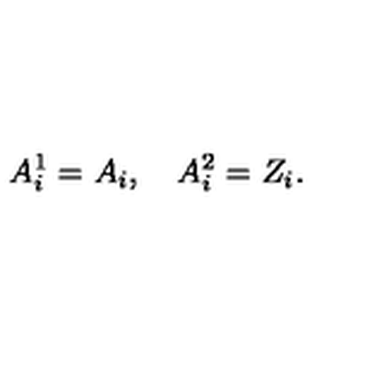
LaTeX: A _ { i } ^ { 1 } = A _ { i } , \quad A _ { i } ^ { 2 } = Z _ { i } .